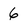
Character: 6